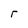
Character: r